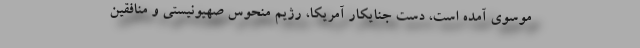
موسوی آمده است، دست جنایکار آمریکا، رژیم منحوس صهیونیستی و منافقین